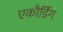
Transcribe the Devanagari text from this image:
एकौर्डिंग